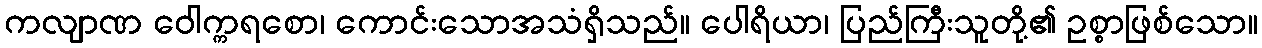
ကလျာဏ ဝေါက္ကရစော၊ ကောင်းသောအသံရှိသည်။ ပေါရိယာ၊ ပြည်ကြီးသူတို့၏ ဥစ္စာဖြစ်သော။